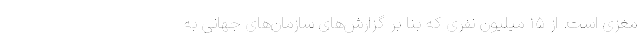
مغزی است. از ۱۵ میلیون نفری که بنا بر گزارش‌های سازمان‌های جهانی به